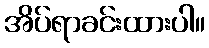
အိပ်ရာခင်းထားပါ။